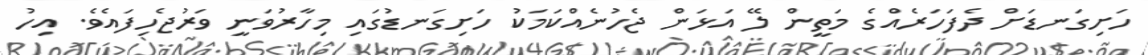
ހަށިގަނޑަށް ދެފަހަރެއްގެ މަތީން ލޭ އަޅަން ޖެހުނެއްކަމަކު ހަށިގަނޑުގައި މިހާރުވަނީ ވަރުޖެހިފައެވެ. އިހު